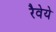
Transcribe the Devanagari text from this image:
रैवेये